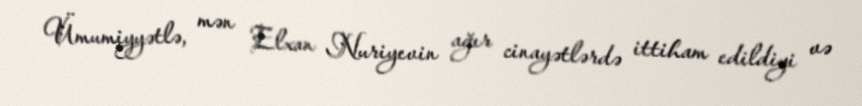
Ümumiyyətlə, mən Elxan Nuriyevin ağır cinayətlərdə ittiham edildiyi və